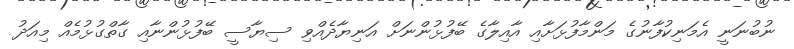
ނުބުނަނީ އެމަނިކުފާނުގެ މަންމާފުޅަށާއި އާއިލާގެ ބޭފުޅުންނަށް އަނިޔާދެއްވި ސިޔާސީ ބޭފުޅުންނާއި ގާތްގުޅުމެއް މިއަދު